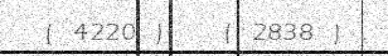
( 4220 )   ( 2838 ) .